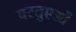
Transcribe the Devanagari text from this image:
वस्तुएओं